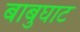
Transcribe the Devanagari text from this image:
बाबुघाट